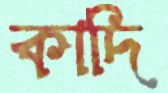
কাদি